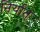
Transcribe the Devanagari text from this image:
निर्यात्‌